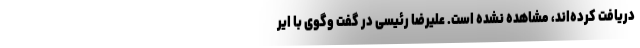
دریافت كرده‌اند، مشاهده نشده است. علیرضا رئیسی در گفت وگوی با ایر